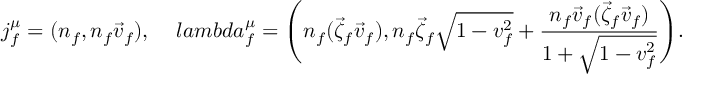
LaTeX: j _ { f } ^ { \mu } = ( n _ { f } , n _ { f } \vec { v } _ { f } ) , \ \ \ \, l a m b d a _ { f } ^ { \mu } = \Bigg ( n _ { f } ( \vec { \zeta } _ { f } \vec { v } _ { f } ) , n _ { f } \vec { \zeta } _ { f } \sqrt { 1 - v _ { f } ^ { 2 } } + { \frac { n _ { f } \vec { v } _ { f } ( \vec { \zeta } _ { f } \vec { v } _ { f } ) } { 1 + \sqrt { 1 - v _ { f } ^ { 2 } } } } \Bigg ) .